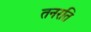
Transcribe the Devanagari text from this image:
तनरति